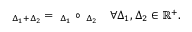
\begin{array} { r l } { \smallskip } & { { } { \bf \Phi } _ { \Delta _ { 1 } + \Delta _ { 2 } } = { \bf \Phi } _ { \Delta _ { 1 } } \circ { \bf \Phi } _ { \Delta _ { 2 } } \quad \forall \Delta _ { 1 } , \Delta _ { 2 } \in \mathbb { R } ^ { + } . } \end{array}